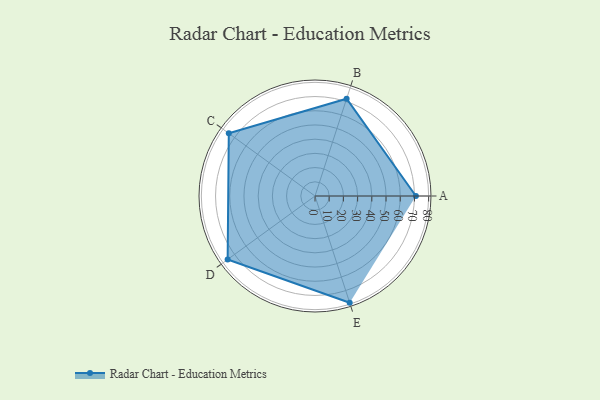
{"axis": {"x": "Skill", "y": "Score"}, "legend": ["Profile"], "data": [{"x": "A", "y": 71.0, "type": "Profile"}, {"x": "B", "y": 72.0, "type": "Profile"}, {"x": "C", "y": 75.0, "type": "Profile"}, {"x": "D", "y": 76.0, "type": "Profile"}, {"x": "E", "y": 79.0, "type": "Profile"}]}